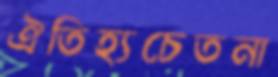
ঐতিহ্যচেতনা